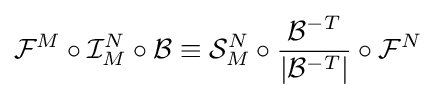
{\mathcal {F}}^{M}\circ {\mathcal {I}}_{M}^{N}\circ {\mathcal {B}}\equiv {\mathcal {S}}_{M}^{N}\circ {\frac {{\mathcal {B}}^{-T}}{|{\mathcal {B}}^{-T}|}}\circ {\mathcal {F}}^{N}